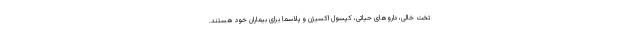
تخت خالی، داروهای حیاتی، کپسول اکسیژن و پلاسما برای بیماران خود هستند.